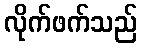
လိုက်ဖက်သည်